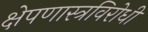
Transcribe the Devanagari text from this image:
क्षेपणास्त्रविरोधी